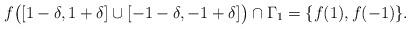
LaTeX: \begin{align*}f\bigl([1-\delta,1+\delta] \cup [-1-\delta,-1+\delta]\bigr) \cap \Gamma_1 = \{f(1),f(-1)\}.\end{align*}